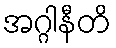
အဂ္ဂါနီတိ